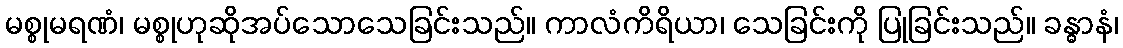
မစ္စုမရဏံ၊ မစ္စုဟုဆိုအပ်သောသေခြင်းသည်။ ကာလံကိရိယာ၊ သေခြင်းကို ပြုခြင်းသည်။ ခန္ဓာနံ၊